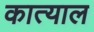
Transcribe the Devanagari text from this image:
कात्याल